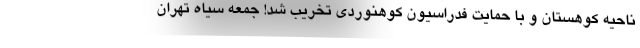
ناحیه کوهستان و با حمایت فدراسیون کوهنوردی تخریب شد! جمعه سیاه تهران